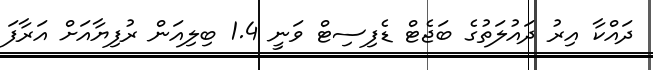
ދައްކާ އިރު ދައުލަތުގެ ބަޖެޓް ޑެފިސިޓް ވަނީ 1.4 ބިލިއަން ރުފިޔާއަށް އަރާފަ